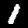
Label: 1